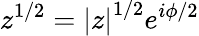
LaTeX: z^{1/2}=\left|z\right|^{1/2}e^{i\phi/2}